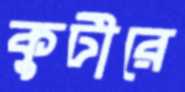
কুটীরে